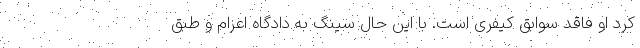
کرد او فاقد سوابق کیفری است. با این حال سینگ به دادگاه اعزام و طبق